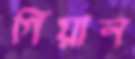
গিয়ান